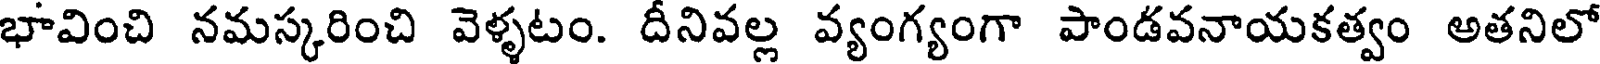
భావించి నమస్కరించి వెళ్ళటం. దీనివల్ల వ్యంగ్యంగా పాండవనాయకత్వం అతనిలో